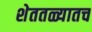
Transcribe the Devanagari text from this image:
शेततळ्यातच